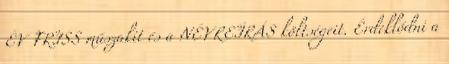
ÉV FRISS műszakit és a NÉVREÍRÁS költségeit. Érdeklődni a